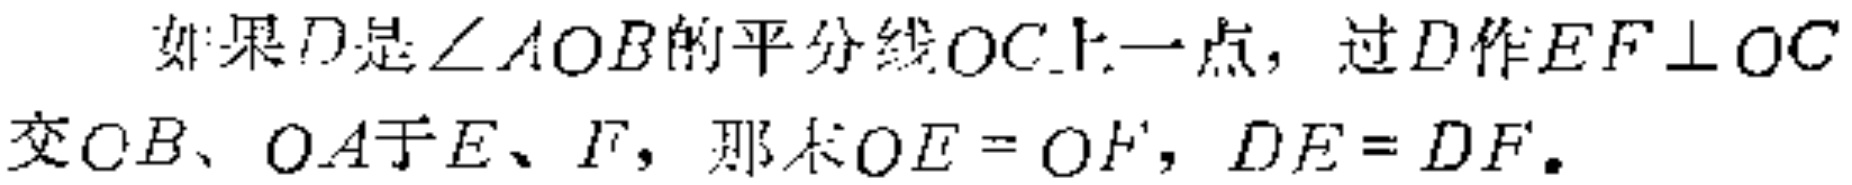
如果\(D\)是\(\angle AOB\)的平分线\(OC\)上一点，过\(D\)作\(EF\perp OC\)交\(OB\)、\(OA\)于\(E\)、\(F\)，那么\(OE = OF\)，\(DE = DF\)。